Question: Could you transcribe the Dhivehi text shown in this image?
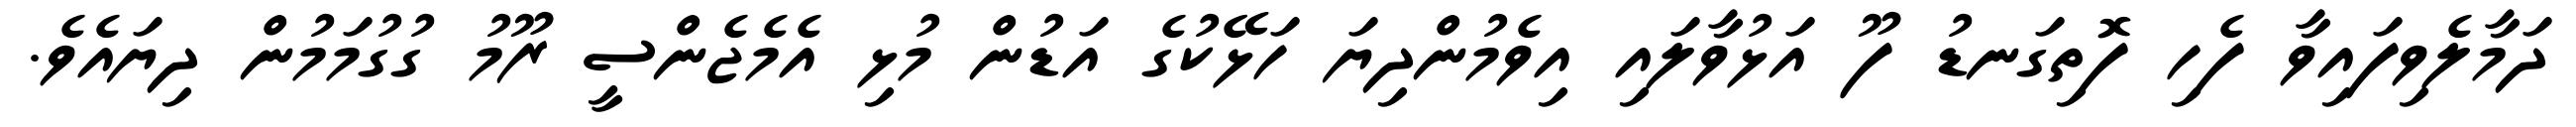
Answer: ދަމާލެވިފައިވާ ފެހި ފޮތިގަނޑު ފޫ އަޅުވާލައި އިވެމުންދިޔަ ހަޅޭކުގެ އަޑުން މުޅި އެމެޖެންސީ ރޫމު ގުގުމަމުން ދިޔައެވެ.